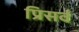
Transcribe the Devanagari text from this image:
प्रिसर्व